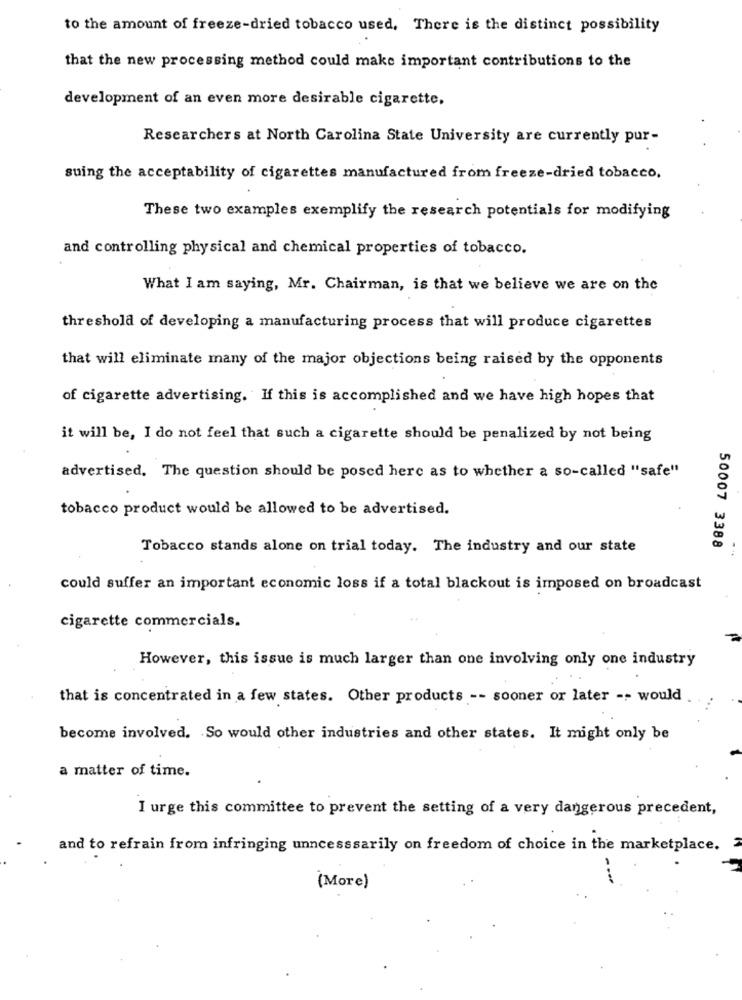
to the amount of freeze-dried tobacco used, There is the distinct possibility
that the new processing method could make important contributions to the
development of an even more desirable cigarette,
Researchers at North Carolina State University are currently pur-
suing the acceptability of cigarettes manufactured from freeze-dried tobacco.
These two examples exemplify the research potentials for modifying
and controlling physical and chemical properties of tobacco.
What I am saying, Mr. Chairman, is that we believe we are on the
threshold of developing a manufacturing process that will produce cigarettes
that will eliminate many of the major objections being raised by the opponents
of cigarette advertising. If this is accomplished and we have high hopes that
it will be, I do not feel that such a cigarette should be penalized by not being
advertised. The question should be posed here as to whether a so-called "safe"
tobacco product would be allowed to be advertised.
50007 3388
Tobacco stands alone on trial today. The industry and our state
could suffer an important economic loss if a total blackout is imposed on broadcast
cigarette commercials.
However, this issue is much larger than one involving only one industry
that is concentrated in a few states. Other products -- sooner or later -- would
become involved. So would other industries and other states. It might only be
a matter of time.
I urge this committee to prevent the setting of a very dangerous precedent,
and to refrain from infringing unncesssarily on freedom of choice in the marketplace.
(More)